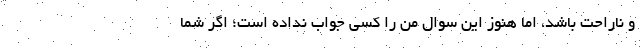
و ناراحت باشد، اما هنوز این سوال من را کسی جواب نداده است؛ اگر شما